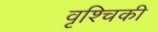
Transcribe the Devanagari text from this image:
वृश्चिकी